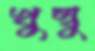
খুম্বু